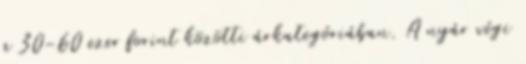
a 30-60 ezer forint közötti árkategóriában. A nyár végi